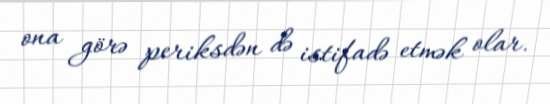
ona görə periksdən də istifadə etmək olar.